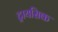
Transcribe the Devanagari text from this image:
ट्रायसिक